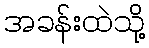
အခန်းထဲသို့